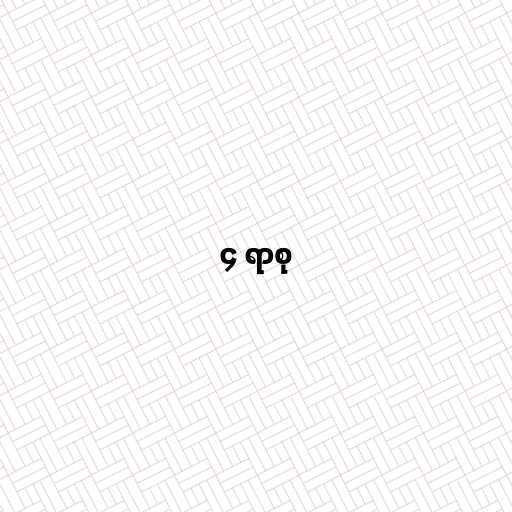
၄ ရာစု